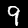
Digit: 9